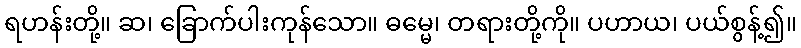
ရဟန်းတို့။ ဆ၊ ခြောက်ပါးကုန်သော။ ဓမ္မေ၊ တရားတို့ကို။ ပဟာယ၊ ပယ်စွန့်၍။